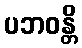
ပဘဝန္တိ